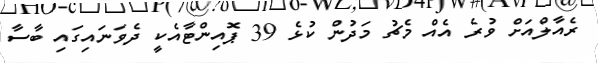
ރެއާލްއަށް ވުރެ އެއް މެޗު މަދުން ކުޅެ 39 ޕޮއިންޓާއެކީ ދެވަނައިގައި ބާސާ